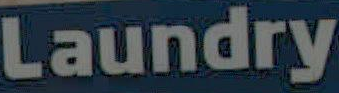
Laundry